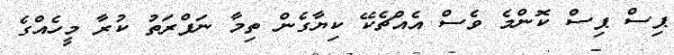
ޕިސް ޕިސް ކޮންމެ ވެސް އެއްޗެކޭ ކިޔާގެން ތިމާ ނަފްރަތު ކުރާ މީހެއްގެ